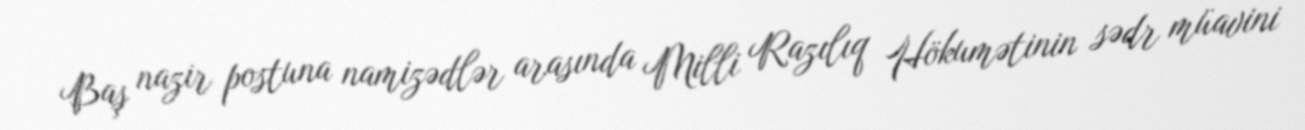
Baş nazir postuna namizədlər arasında Milli Razılıq Hökumətinin sədr müavini